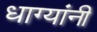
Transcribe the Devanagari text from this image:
धाग्‍यांनी